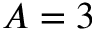
A = 3